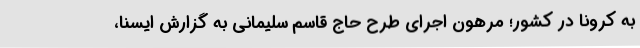
به کرونا در کشور؛ مرهون اجرای طرح حاج قاسم سلیمانی به گزارش ایسنا،